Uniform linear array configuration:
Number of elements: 24
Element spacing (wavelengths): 0.25
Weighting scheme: hamming
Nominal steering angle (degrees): -15
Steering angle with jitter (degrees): -14.98
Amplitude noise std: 0.05
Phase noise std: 0.05

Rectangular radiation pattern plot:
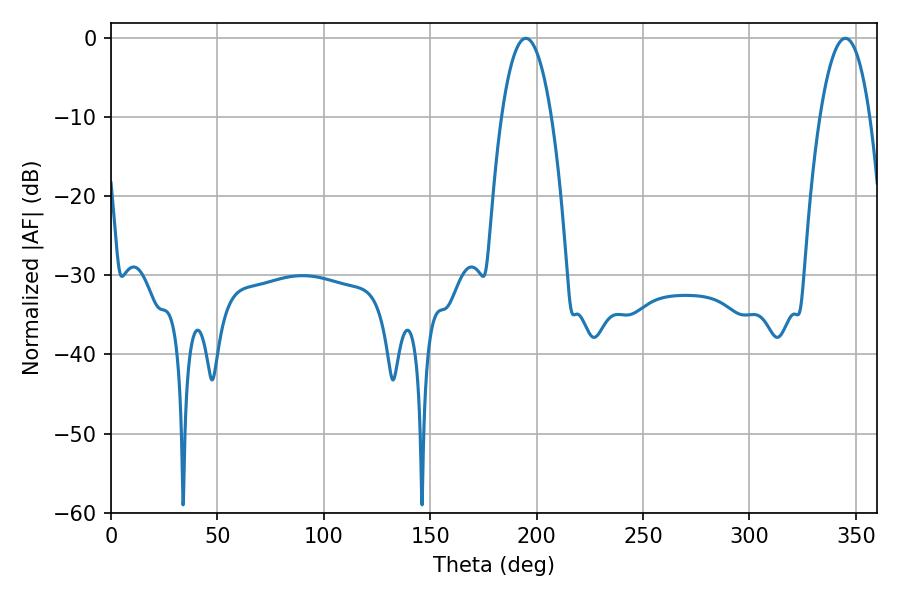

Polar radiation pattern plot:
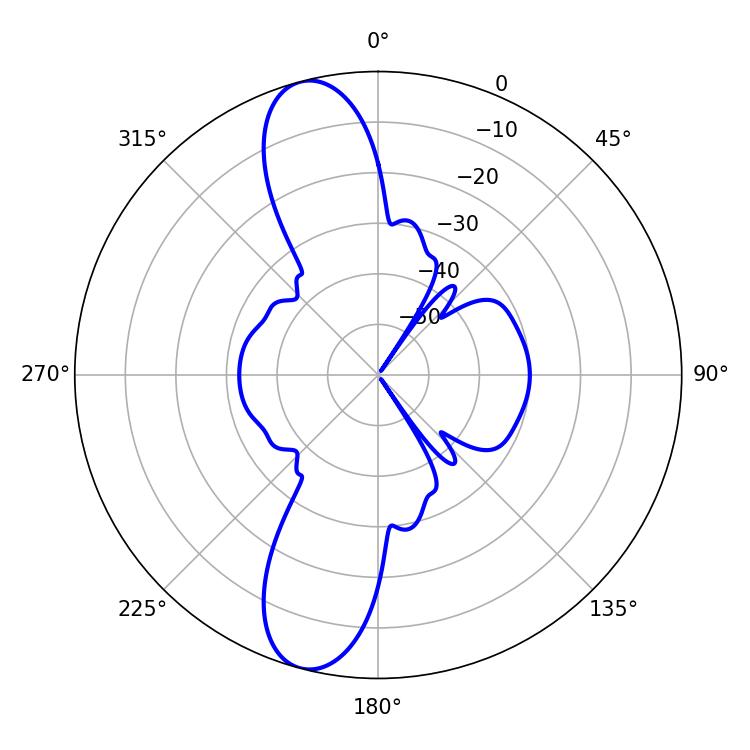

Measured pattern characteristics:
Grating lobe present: FALSE
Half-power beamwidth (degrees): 13.14
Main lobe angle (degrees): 194.94